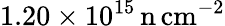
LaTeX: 1.20\times 10^{15}\, \mathrm{n\, cm^{-2}}